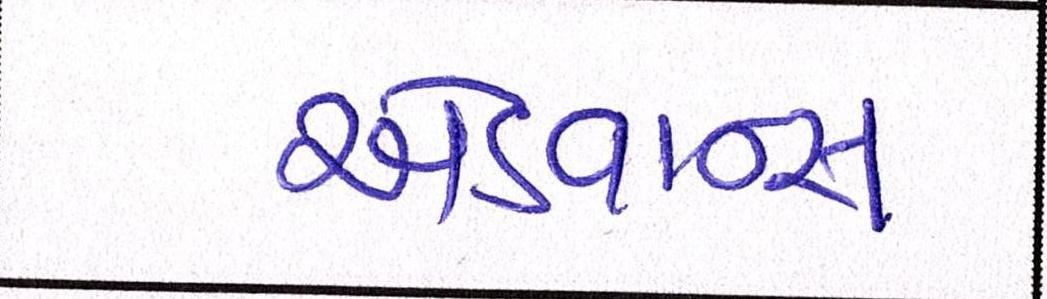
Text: એડવાન્સ